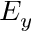
E _ { y }